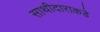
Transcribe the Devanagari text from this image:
साथीदाराकडे